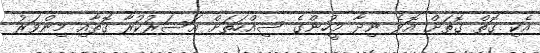
އެކި ގޮތް ގޮތަށް އޮވެ ނިދާ މީހުންގެ ސިއްހަތަށް އަސަރުކުރާ ގޮތާއި މިންވަރު